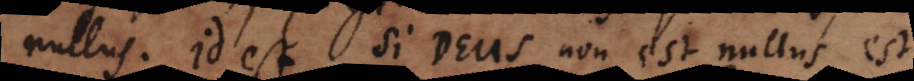
nullus. Id est si Deus non est nullus est